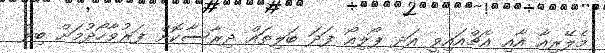
މެލޭރިއާ އާއި އެޗްއައިވީ އަދި ޕޯލިއޯ ފަދަ ބަލިތައް ދިރާސާކޮށް ފަރުވާހޯދުމަށް ބިލް